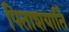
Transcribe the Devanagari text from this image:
पिताशयार्ति